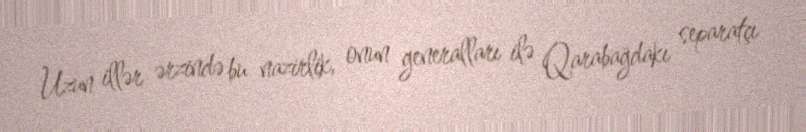
Uzun illər ərzində bu nazirlik, onun generalları ilə Qarabağdakı separatçı